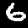
Label: 6